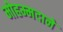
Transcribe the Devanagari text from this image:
मोहम्मदाने